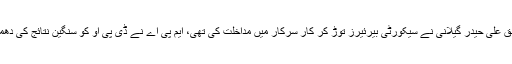
رپورٹ کے مطابق علی حیدر گیلانی نے سیکورٹی بیرئیرز توڑ کر کار سرکار میں مداخلت کی تھی، ایم پی اے نے ڈی پی او کو سنگین نتائج کی دھمکی بھی دی تھی۔